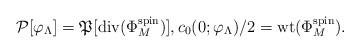
LaTeX: \begin{align*}{\mathcal P}[\varphi_{\Lambda}]={\frak P}[{\rm div}(\Phi_{M}^{\rm spin})],c_{0}(0;\varphi_{\Lambda})/2={\rm wt}(\Phi_{M}^{\rm spin}).\end{align*}